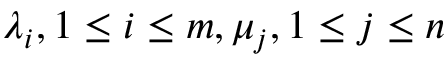
\lambda _ { i } , 1 \le i \le m , \mu _ { j } , 1 \le j \le n